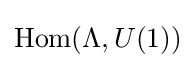
{\text{Hom}}(\Lambda ,U(1))